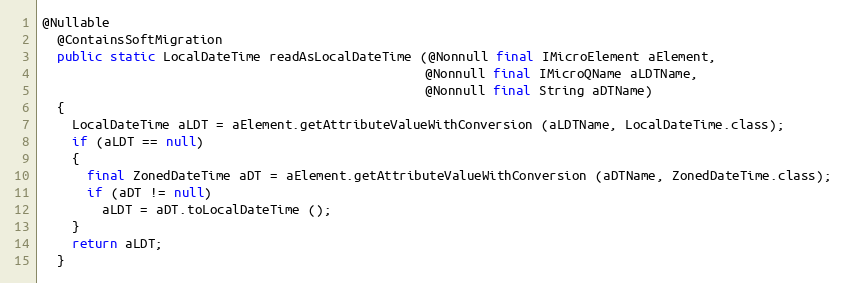
Language: Java
@Nullable
  @ContainsSoftMigration
  public static LocalDateTime readAsLocalDateTime (@Nonnull final IMicroElement aElement,
                                                   @Nonnull final IMicroQName aLDTName,
                                                   @Nonnull final String aDTName)
  {
    LocalDateTime aLDT = aElement.getAttributeValueWithConversion (aLDTName, LocalDateTime.class);
    if (aLDT == null)
    {
      final ZonedDateTime aDT = aElement.getAttributeValueWithConversion (aDTName, ZonedDateTime.class);
      if (aDT != null)
        aLDT = aDT.toLocalDateTime ();
    }
    return aLDT;
  }